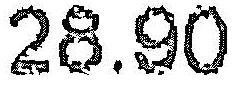
28.90